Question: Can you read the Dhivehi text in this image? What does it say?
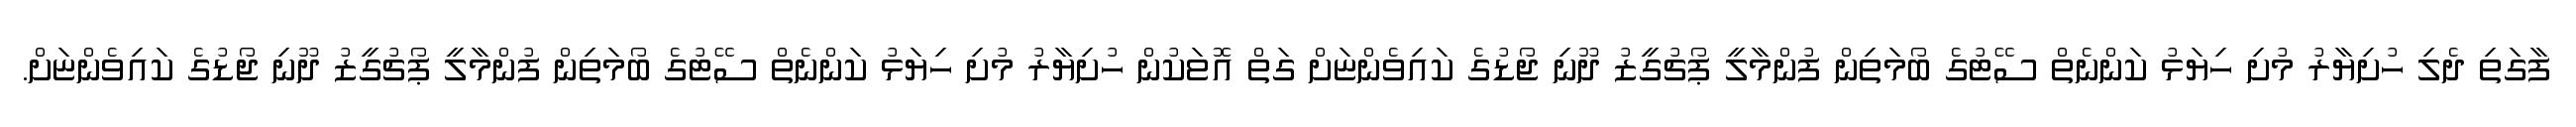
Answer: ފާގަތި ދެލި ހުށިޔާރު މުށި ހިޔަޅު ކަންނެތް ސޭޓުގެ ބޯމަތިން ފުންމާލީ ޕޯޗުގީޒު ދޫނި ޖޯޑުގެ ކައިވެންޏަށް ގަތް އޮޱަކުން ހުށިޔާރު މުށި ހިޔަޅު ކަންނެތް ސޭޓުގެ ބޯމަތިން ފުންމާލީ ޕޯޗުގީޒު ދޫނި ޖޯޑުގެ ކައިވެންޏަށް.